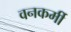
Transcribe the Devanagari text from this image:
वनकर्मी